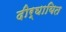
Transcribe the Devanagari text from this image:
दीर्घायित